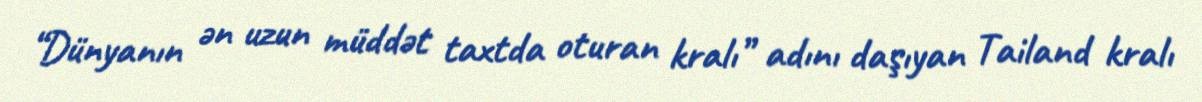
“Dünyanın ən uzun müddət taxtda oturan kralı” adını daşıyan Tailand kralı